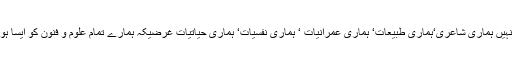
اس کا مطلب یہ ہے کہ صرف قرآن و سنت کا علم ہی نہیں ہماری شاعری‘ہماری طبیعات‘ ہماری عمرانیات ‘ ہماری نفسیات‘ ہماری حیاتیات غرضیکہ ہمارے تمام علوم و فنون کو ایسا ہونا چاہیے کہ وہ ہمیں خدا تک کے لے جانے والے ہوں۔